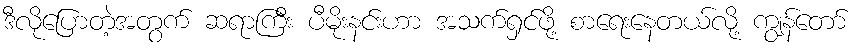
ဒီလိုပြောတဲ့အတွက် ဆရာကြီး ပီမိုးနင်းဟာ အသက်ရှင်ဖို့ စာရေးနေတယ်လို့ ကျွန်တော်